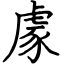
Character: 豦